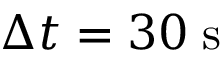
\Delta t = 3 0 \; \mathrm { s }